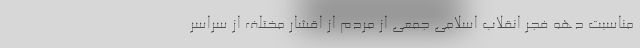
مناسبت دهه فجر انقلاب اسلامی جمعی از مردم از اقشار مختلف از سراسر